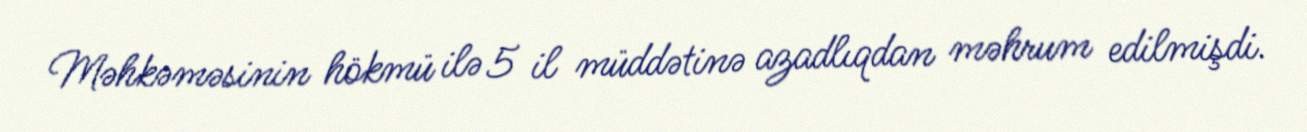
Məhkəməsinin hökmü ilə 5 il müddətinə azadlıqdan məhrum edilmişdi.